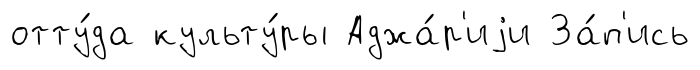
отту́да культу́ры Аджа́р'иjи За́п'ись